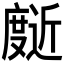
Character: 𰐄